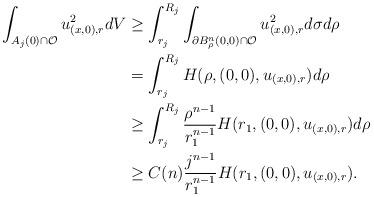
LaTeX: \begin{align*}\int_{A_j(0)\cap\mathcal{O}}u_{(x, 0), r}^2dV &\ge\int_{r_j}^{R_j}\int_{\partial B_\rho^n(0,0)\cap\mathcal{O}}u_{(x, 0), r}^2 d\sigma d\rho\\ &=\int_{r_j}^{R_j} H(\rho,(0, 0), u_{(x, 0), r})d\rho\\ &\ge \int_{r_j}^{R_j}\frac{\rho^{n-1}}{r_1^{n-1}}H(r_1,(0,0), u_{(x, 0), r})d\rho\\ &\ge C(n)\frac{j^{n-1}}{r_1^{n-1}}H(r_1, (0, 0), u_{(x, 0), r}).\end{align*}